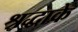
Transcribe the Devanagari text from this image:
श्रद्धाके